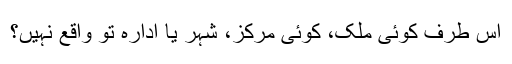
اُس طرف کوئی ملک، کوئی مرکز، شہر یا ادارہ تو واقع نہیں؟